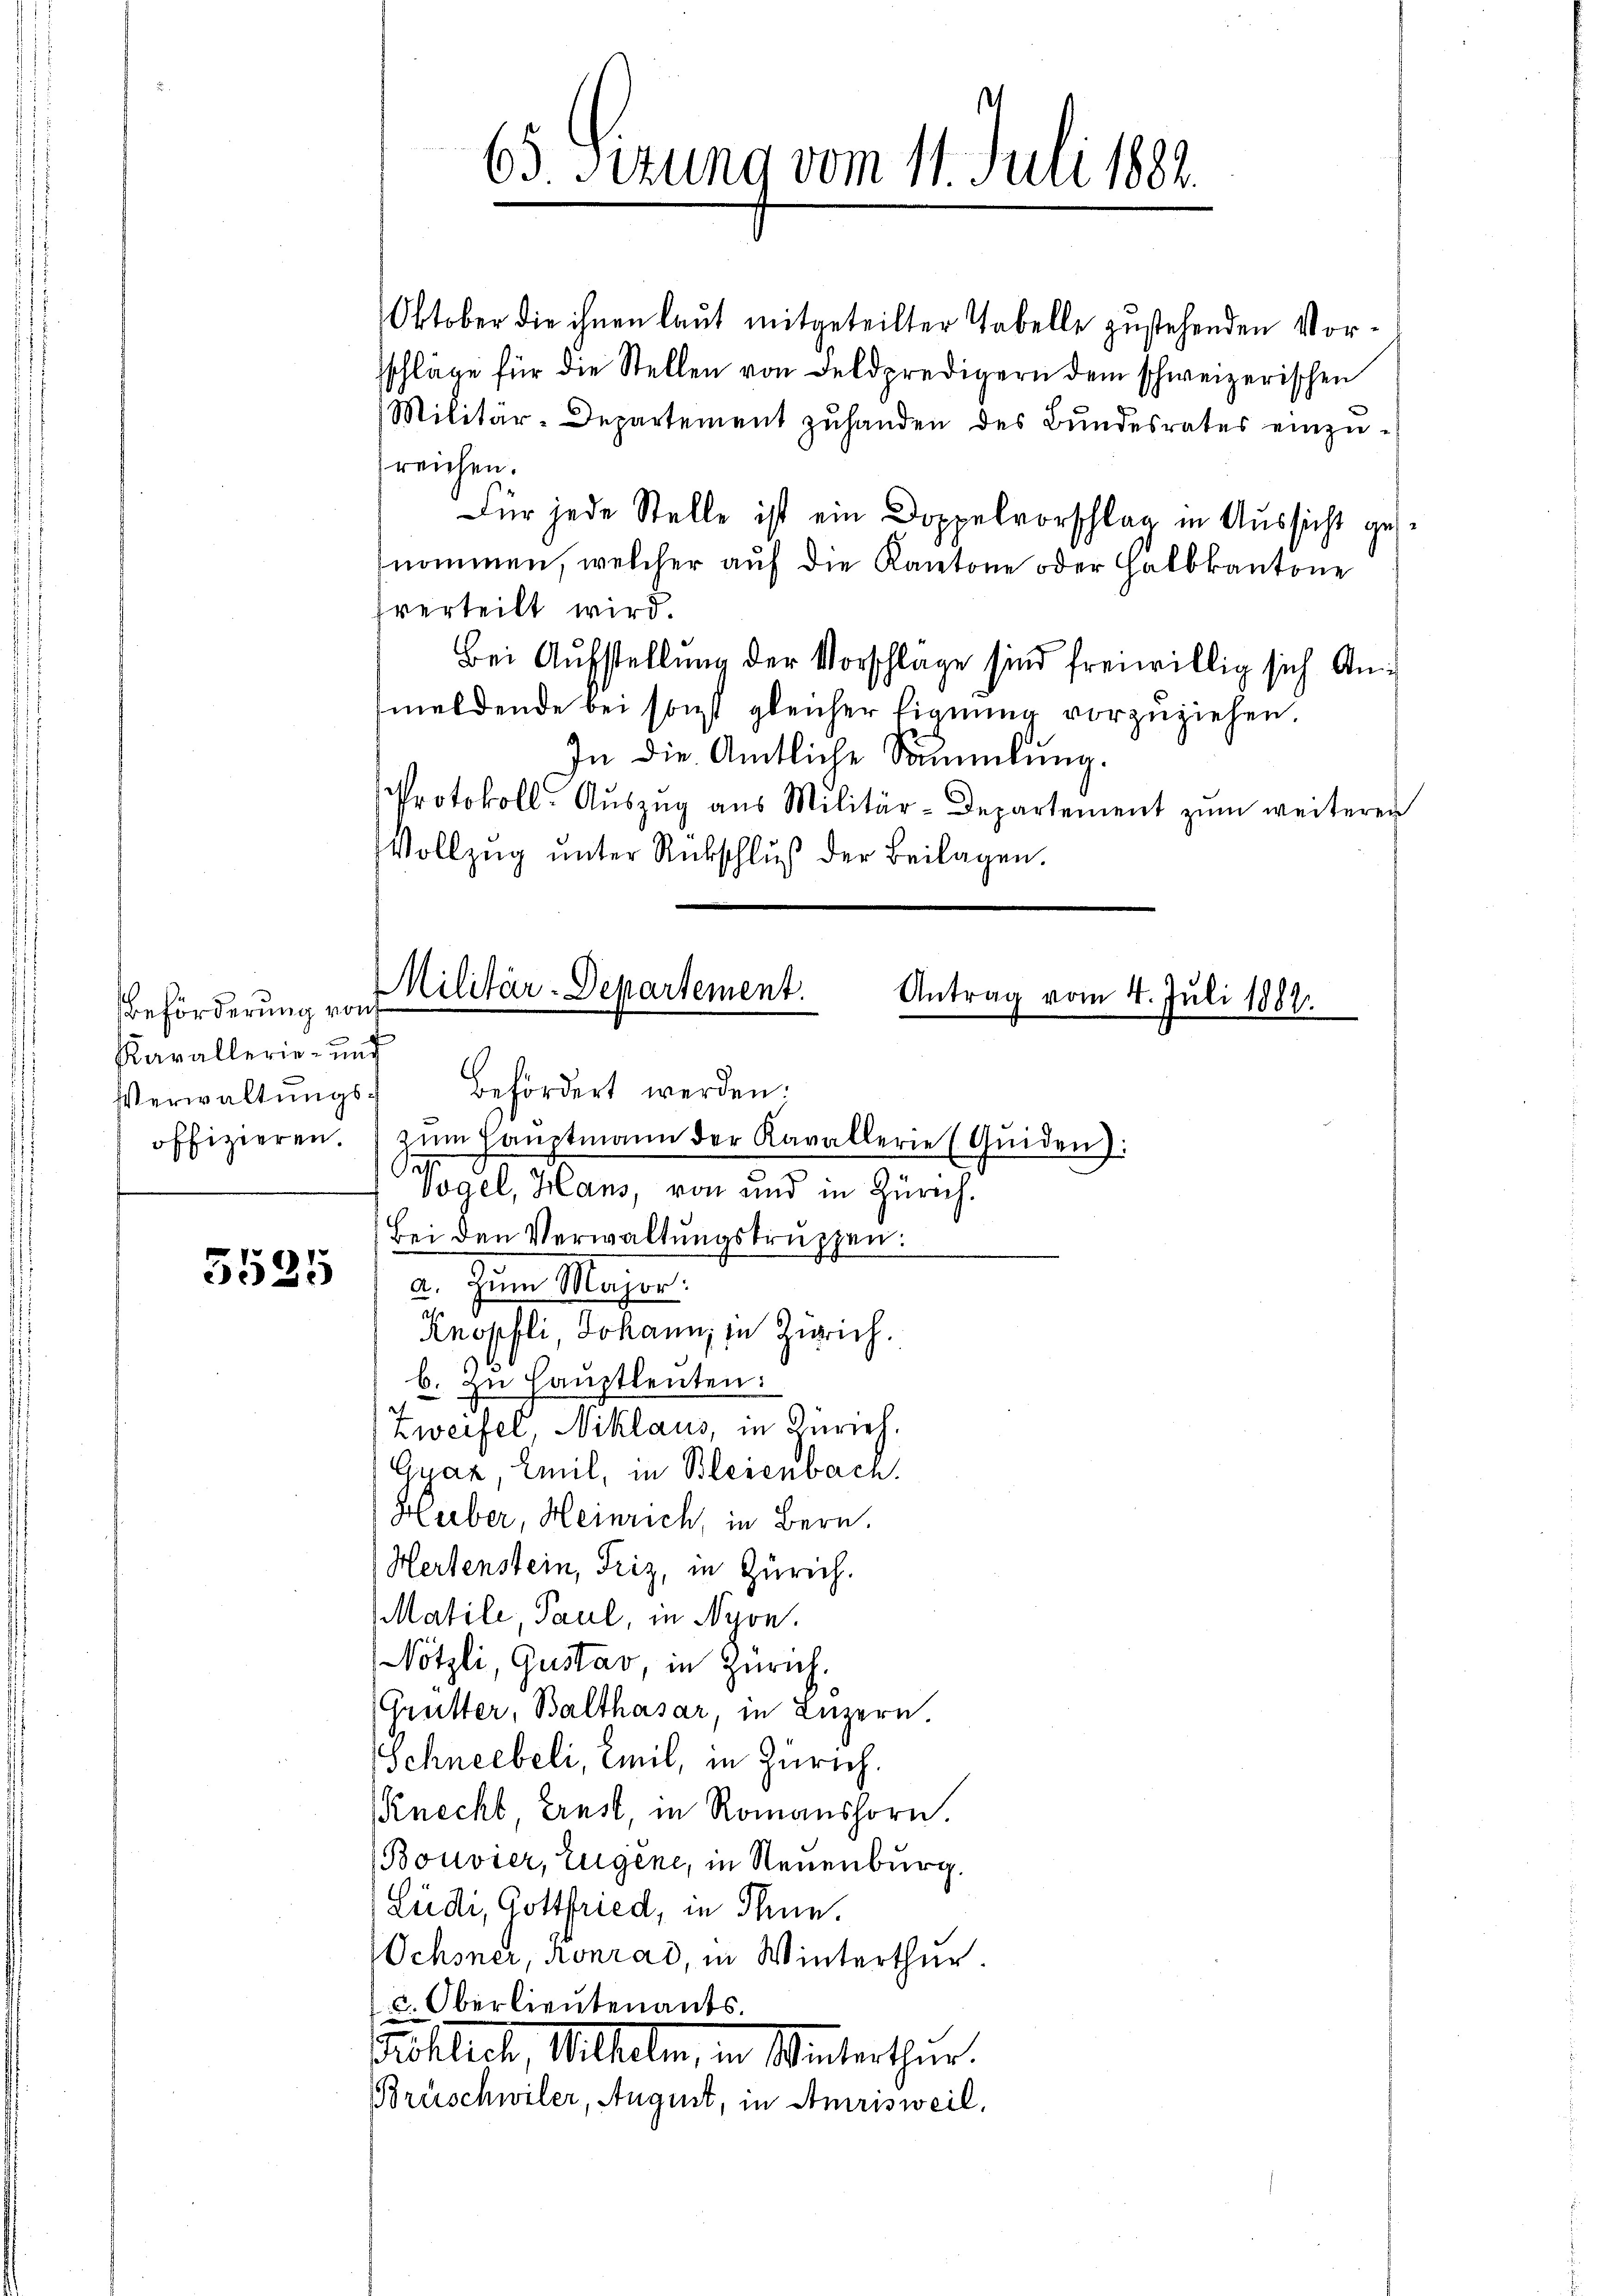
Beförderung von
Kavallerie- und
Verwaltungs¬

5525

befördert werden.
offizieren. zŭm Haŭptmann der Kavallerie (Quiden):
Se
Vogel, Hans, von und in Zürich.
Bei den Verwaltŭngskruppen:
a. Zum Mager.
Knopfli Johann, in Zürich.
b. zu Hauptleuten:
Zweifel, Niklaus, in Zürich.
Gyaz, Emil, in Bleienbach.
Huber, Heinrich, in Bern.
Hertenstein, Friz, in Zürich.
Matile, Paul, in Nyon.
Nötzli, Gustav, in Zürich.
(Grütter, Balthasar, in Luzern.
Schneebeli, Emil, in Zürich.
(Knecht, Ernst, in Romanshorn.
Bouvier, Eugene, in Neuenburg.
Lüdi, Gottfried, in Thun.
Ochsner, Konrad, in Winterthur.
c. Oberlieutenants.
osleck, Mitteln, in Winterthur.
Brüschwiler, August, in Amrisweil.

65 Sizung vom 11. Juli 1882.

Oktober die ihnen laut mitgeteilter Tabelle zustehenden Vorsschläge für die Stellen von Feldpredigern dem schweizerischen
Militär-Departement zŭ handen des Bundesrates einzu-
reichen.
Für jede Stelle ist ein Doppelvorschlag in Aussicht gesnommen, welcher auf die Kantone oder Halbkantone
verteilt wird.
Bei Aufstellung der Vorschlage sind freiwillig sich Anmeldende bei sonst gleicher Eignung vorzuziehen.
In die Amtliche Sammlung.
Protokoll-Aŭszŭg aŭs Militär-Departement zŭm weiterer
Vollzŭg ŭnter Rückschlŭβ der Beilagen.

Militär-Departement.
Antrag vom 4. Juli 1882
e